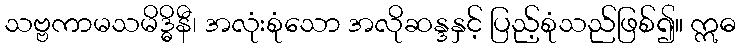
သဗ္ဗကာမသမိဒ္ဓိနီ၊ အလုံးစုံသော အလိုဆန္ဒနှင့် ပြည့်စုံသည်ဖြစ်၍။ ဣဓ